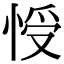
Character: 㥅